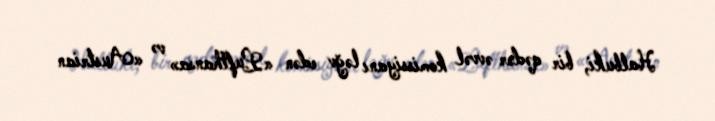
Halbuki, bir qədər əvvəl komissiyanı ləğv edən «Lufthansa» və «Austrian